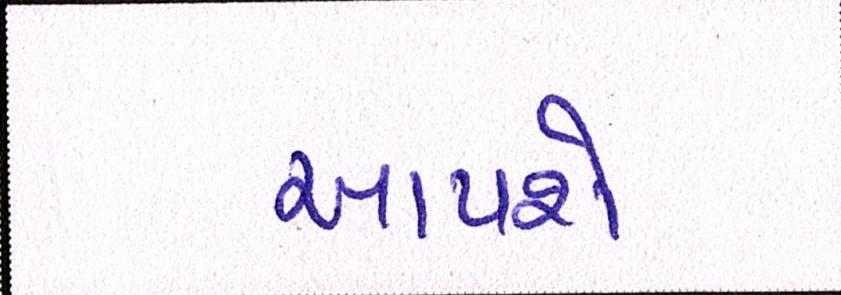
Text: આપશે